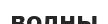
волны